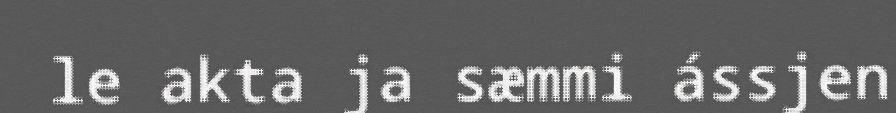
le akta ja sæmmi ássjen